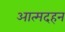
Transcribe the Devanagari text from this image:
आत्मदहन